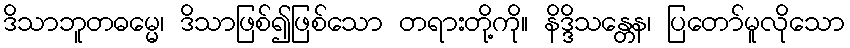
ဒိသာဘူတဓမ္မေ၊ ဒိသာဖြစ်၍ဖြစ်သော တရားတို့ကို။ နိဒ္ဒိသန္တေန၊ ပြတော်မူလိုသော